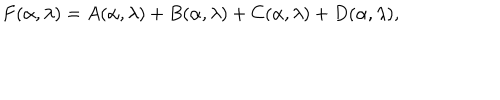
LaTeX: F ( \alpha , \lambda ) = A ( \alpha , \lambda ) + B ( \alpha , \lambda ) + C ( \alpha , \lambda ) + D ( \alpha , \lambda ) ,